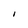
Character: I